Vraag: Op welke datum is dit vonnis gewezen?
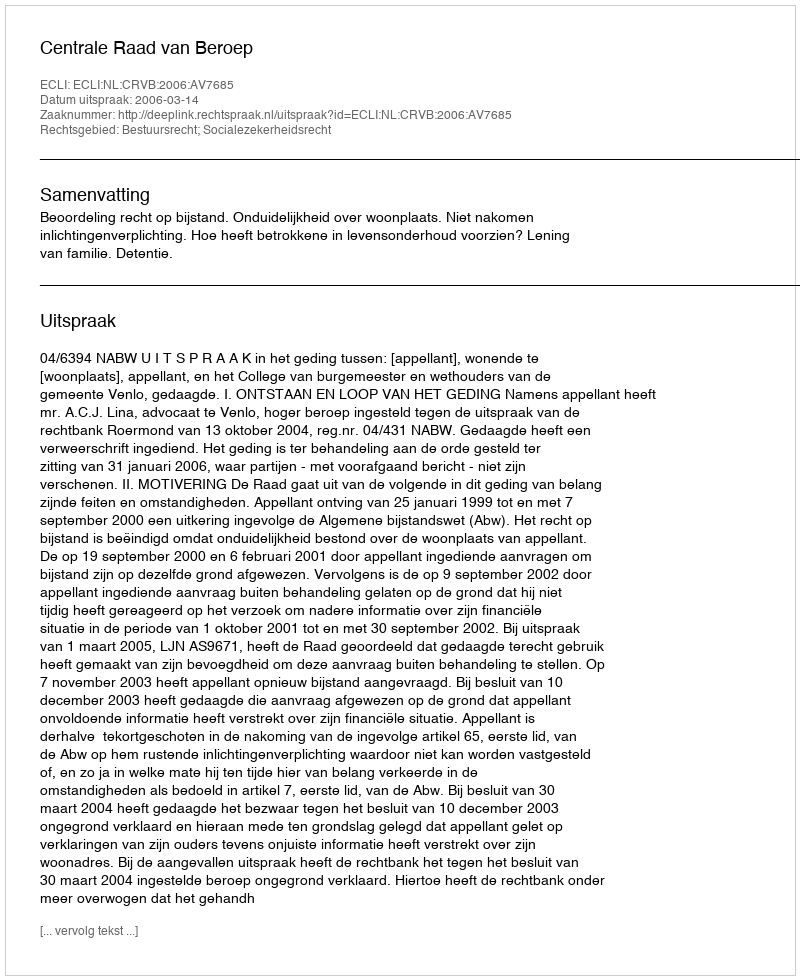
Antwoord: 2006-03-14